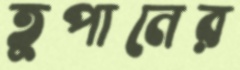
তুপানের